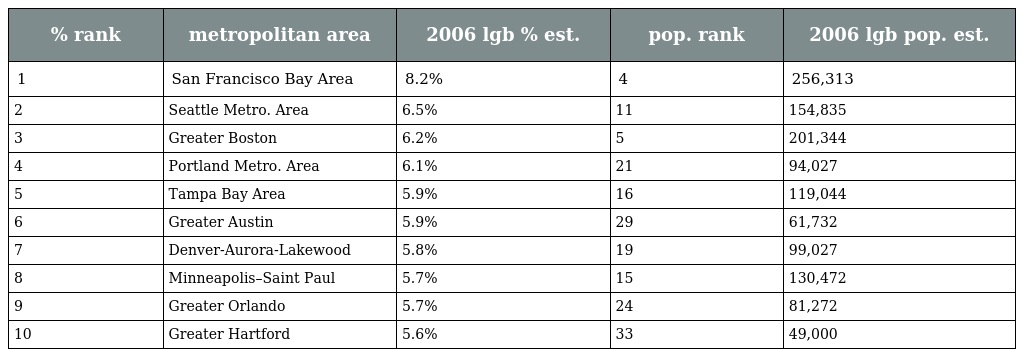
| % rank | metropolitan area | 2006 lgb % est. | pop. rank | 2006 lgb pop. est. |
 | --- | --- | --- | --- | --- |
 | 1 | San Francisco Bay Area | 8.2% | 4 | 256,313 |
 | 2 | Seattle Metro. Area | 6.5% | 11 | 154,835 |
 | 3 | Greater Boston | 6.2% | 5 | 201,344 |
 | 4 | Portland Metro. Area | 6.1% | 21 | 94,027 |
 | 5 | Tampa Bay Area | 5.9% | 16 | 119,044 |
 | 6 | Greater Austin | 5.9% | 29 | 61,732 |
 | 7 | Denver-Aurora-Lakewood | 5.8% | 19 | 99,027 |
 | 8 | Minneapolis–Saint Paul | 5.7% | 15 | 130,472 |
 | 9 | Greater Orlando | 5.7% | 24 | 81,272 |
 | 10 | Greater Hartford | 5.6% | 33 | 49,000 |